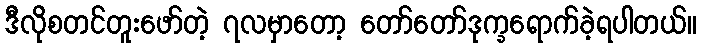
ဒီလိုစတင်တူးဖော်တဲ့ ၇လမှာတော့ တော်တော်ဒုက္ခရောက်ခဲ့ရပါတယ်။